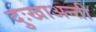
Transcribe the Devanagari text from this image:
दुःखाअन्ती